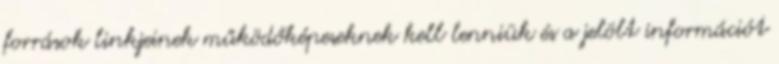
források linkjeinek működőképeseknek kell lenniük és a jelölt információt